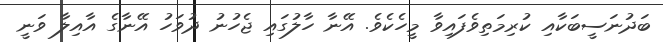
ބަދުނަސީބަކާއި ކުރިމަތިވެފައިވާ މީހެކެވެ. އޭނާ ހާލުގައި ޖެހުނު ދުވަހު އޭނާގެ އާއިލާ ވަނީ